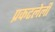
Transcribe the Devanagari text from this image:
प्रकटलेली